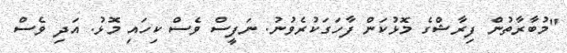
"މުބާރާތުން ފިރާޝްގެ މޮޅުކަން ފާހަގަކުރެވުނު. ނަފީސް ވެސް ކިހައި މޮޅު. އަދި ވެސް